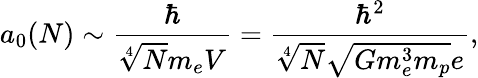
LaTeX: a_{0}(N)\sim\frac{\hbar}{\sqrt[4]{N}m_{e}V}=\frac{\hbar^{2}}{\sqrt[4]{N}\sqrt{Gm_{e}^{3}m_{p}}e},